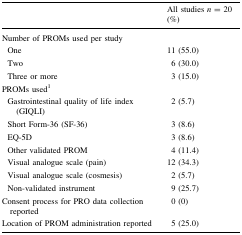
<table><thead><tr><td></td><td><b>All studies <i>n</i> = 20 (%)</b></td></tr></thead><tbody><tr><td colspan="2">Number of PROMs used per study</td></tr><tr><td> One</td><td>11 (55.0)</td></tr><tr><td> Two</td><td>6 (30.0)</td></tr><tr><td> Three or more</td><td>3 (15.0)</td></tr><tr><td colspan="2">PROMs used<sup>1</sup></td></tr><tr><td> Gastrointestinal quality of life index (GIQLI)</td><td>2 (5.7)</td></tr><tr><td> Short Form-36 (SF-36)</td><td>3 (8.6)</td></tr><tr><td> EQ-5D</td><td>3 (8.6)</td></tr><tr><td> Other validated PROM</td><td>4 (11.4)</td></tr><tr><td> Visual analogue scale (pain)</td><td>12 (34.3)</td></tr><tr><td> Visual analogue scale (cosmesis)</td><td>2 (5.7)</td></tr><tr><td> Non-validated instrument</td><td>9 (25.7)</td></tr><tr><td>Consent process for PRO data collection reported</td><td>0 (0)</td></tr><tr><td>Location of PROM administration reported</td><td>5 (25.0)</td></tr></tbody></table>